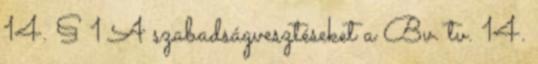
14. § 1 A szabadságvesztéseket a Bv. tv. 14.